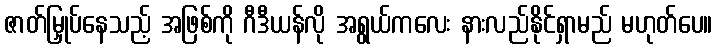
ဇာတ်မြှုပ်နေသည့် အဖြစ်ကို ဂီဒီယန်လို အရွယ်ကလေး နားလည်နိုင်ရှာမည် မဟုတ်ပေ။